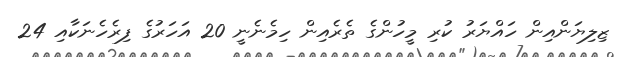
ޒިލިޔަންއިން ހައްޔަރު ކުރި މީހުންގެ ތެރެއިން ހިމެނެނީ 20 އަހަރުގެ ފިރެހެނަކާއި 24